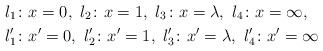
LaTeX: \begin{align*}l_1\colon & x=0,\ l_2\colon x=1,\ l_3\colon x=\lambda,\ l_4\colon x=\infty, \\l'_1\colon & x'=0,\ l'_2\colon x'=1,\ l'_3\colon x'=\lambda,\ l'_4\colon x'=\infty\end{align*}